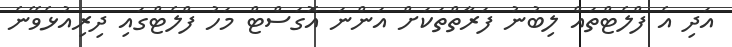
އަދި އެ ފްލެޓްތައް ލިބުނު ފަރާތްތަކަށް އަންނަ އޮގަސްޓް މަހު ފްލެޓްގައި ދިރިއުޅެވޭނެ